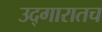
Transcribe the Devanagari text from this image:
उद्गारातच